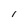
Character: i